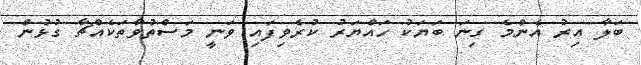
ބަލާ އިރު އެންމެ ގިނަ ބަޔަކު ހައްޔަރު ކުރެވިފައި ވަނީ މަސްތުވާތަކެއްޗާ ގުޅުން